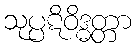
သုပ္ပဋိဝိဒ္ဓတ္တာ